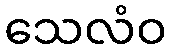
သေလံဝ